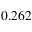
0 . 2 6 2